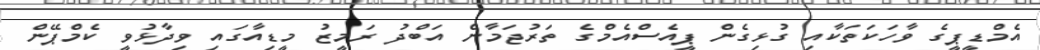
އެމްޑީޕީގެ ވާހަކަތަކާއި ގުޅިގެން ޕީއެސްއެމްގެ ތަރުޖަމާން އަބްދު ރަމީޒު މީޑިއާގައި ވިދާޅުވީ ކެމްޕޭން